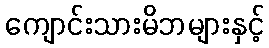
ကျောင်းသားမိဘများနှင့်